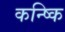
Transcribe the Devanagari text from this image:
कन्ष्कि